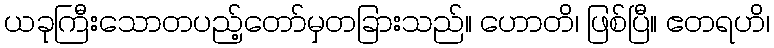
ယခုကြီးသောတပည့်တော်မှတခြားသည်။ ဟောတိ၊ ဖြစ်ပြီ။ ဧတရဟိ၊